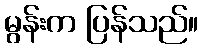
မွန်းက ပြန်သည်။